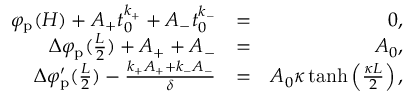
\begin{array} { r l r } { \varphi _ { \mathrm { p } } ( H ) + A _ { + } t _ { 0 } ^ { k _ { + } } + A _ { - } t _ { 0 } ^ { k _ { - } } } & { = } & { 0 , } \\ { \Delta \varphi _ { \mathrm { p } } ( \frac { L } { 2 } ) + A _ { + } + A _ { - } } & { = } & { A _ { 0 } , } \\ { \Delta \varphi _ { \mathrm { p } } ^ { \prime } ( \frac { L } { 2 } ) - \frac { k _ { + } A _ { + } + k _ { - } A _ { - } } { \delta } } & { = } & { A _ { 0 } \kappa \operatorname { t a n h } \left( \frac { \kappa L } { 2 } \right) , } \end{array}